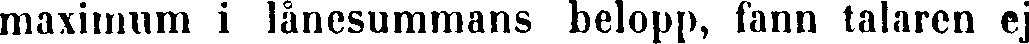
maximum i lånesummans belopp, fann talaren ej